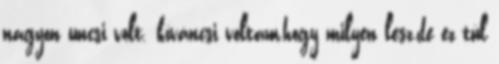
nagyon uncsi volt. kíváncsi voltam,hogy milyen lesz,de ez túl